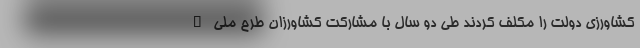
کشاورزی دولت را مکلف کردند طی دو سال با مشارکت کشاورزان طرح ملی "